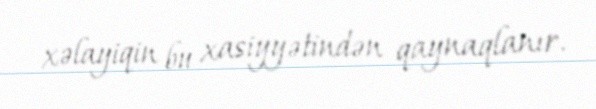
xəlayiqin bu xasiyyətindən qaynaqlanır.